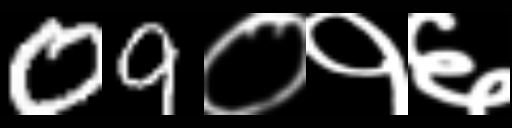
Text: 09०१६